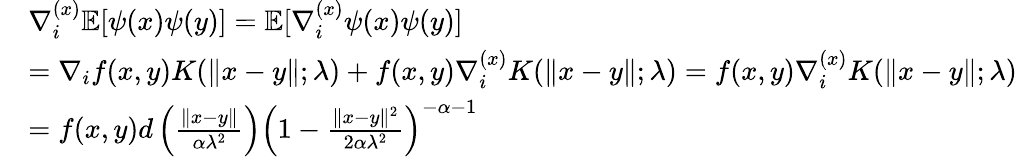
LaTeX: \begin{array}{rl}&{\nabla_{i}^{(x)}\mathbb{E}[\psi(x)\psi(y)]=\mathbb{E}[\nabla_{i}^{(x)}\psi(x)\psi(y)]}\\ &{=\nabla_{i}f(x,y)K(\| x-y\| ;\lambda)+f(x,y)\nabla_{i}^{(x)}K(\| x-y\| ;\lambda)=f(x,y)\nabla_{i}^{(x)}K(\| x-y\| ;\lambda)}\\ &{=f(x,y)d\left(\frac{\| x-y\| }{\alpha\lambda^{2}}\right)\left(1-\frac{\| x-y\| ^{2}}{2\alpha\lambda^{2}}\right)^{-\alpha-1}}\end{array}